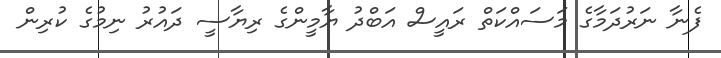
ފެނާ ނަރުދަމާގެ މަސައްކަތް ރައީސް އަބްދު ޔާމީންގެ ރިޔާސީ ދައުރު ނިމުގެ ކުރިން